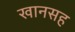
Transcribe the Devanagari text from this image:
खानसह